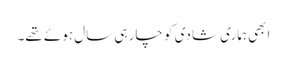
ابھی ہماری شادی کو چار ہی سال ہوئے تھے۔